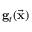
{ \bf g } _ { t } ( \vec { \bf x } )